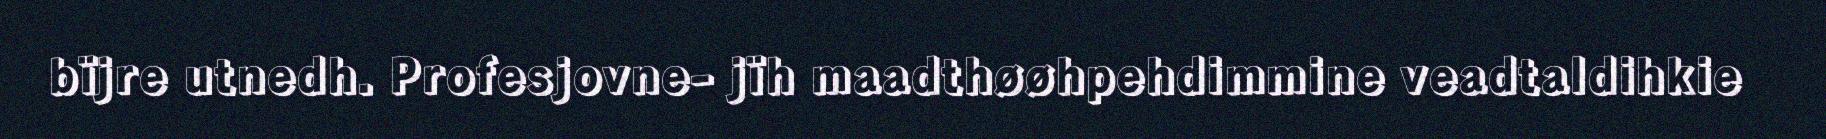
bïjre utnedh. Profesjovne- jïh maadthøøhpehdimmine veadtaldihkie